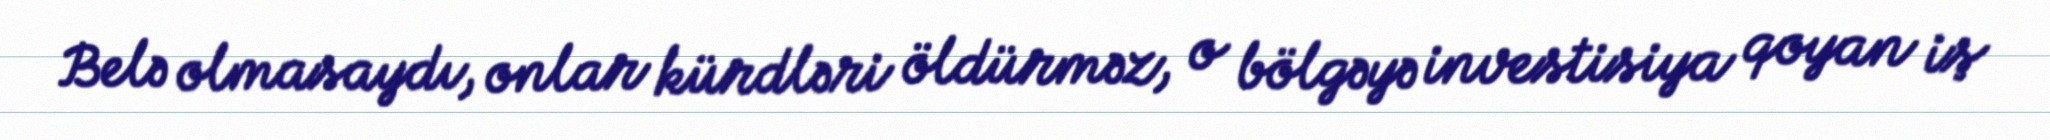
Belə olmasaydı, onlar kürdləri öldürməz, o bölgəyə investisiya qoyan iş